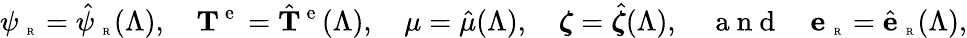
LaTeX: \psi_{\mathrm{~\tiny~R~}}=\hat{\psi}_{\mathrm{~\tiny~R~}}(\Lambda),\quad{\mathbf T}^{\mathrm{~e~}}=\hat{{\mathbf T}}^{\mathrm{~e~}}(\Lambda),\quad\mu=\hat{\mu}(\Lambda),\quad\boldsymbol{\zeta}=\hat{\boldsymbol{\zeta}}(\Lambda),\quad\mathrm{~a~n~d~}\quad{\mathbf e}_{\mathrm{~\tiny~R~}}=\hat{{\mathbf e}}_{\mathrm{~\tiny~R~}}(\Lambda),